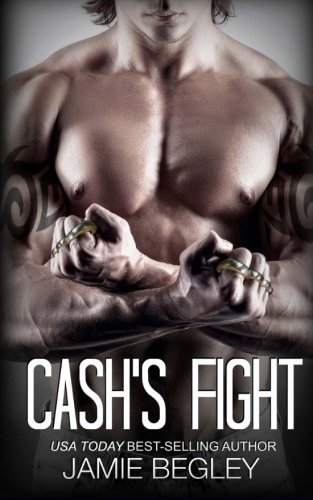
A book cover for Cash's Fight (The Last Riders) (Volume 5); Jamie Begley; Romance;